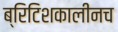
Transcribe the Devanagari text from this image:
ब्रिटिशकालीनच